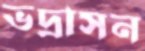
ভদ্রাসন